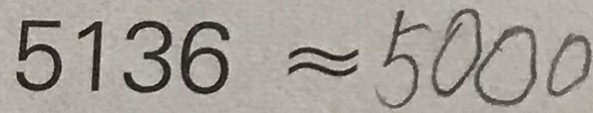
5 1 3 6 \approx 5 0 0 0